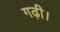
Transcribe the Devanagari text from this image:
गढ़ी।